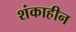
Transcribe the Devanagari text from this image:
शंकाहीन